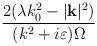
LaTeX: \begin{align*}\frac{2(\lambda k_{0}^{2}-|\mathbf{k}|^{2})}{(k^{2}+i\varepsilon )\Omega }\end{align*}